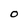
Character: O